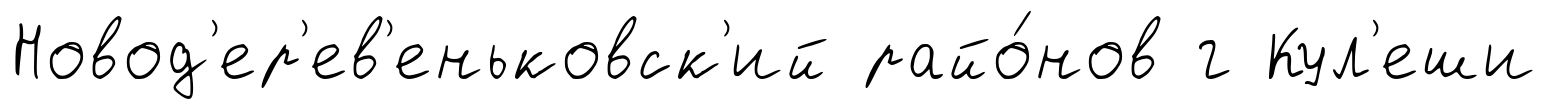
Новод'ер'ев'еньковск'ий райо́нов г Кул'еши